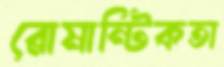
রোমান্টিকতা